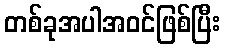
တစ်ခုအပါအဝင်ဖြစ်ပြီး